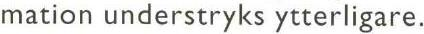
mation understryks ytterligare.